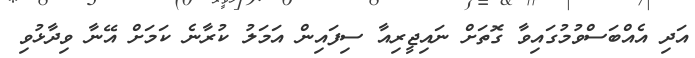
އަދި އެއްބަސްވުމުގައިވާ ގޮތަށް ނައިޖީރިއާ ސިފައިން އަމަލު ކުރާނެ ކަމަށް އޭނާ ވިދާޅުވި